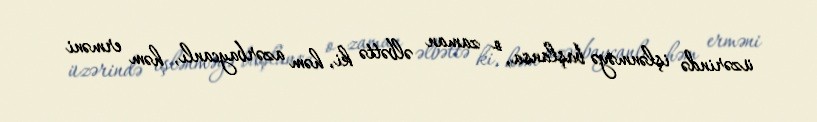
üzərində işlənməyə başlansa, o zaman əlbəttə ki, həm azərbaycanlı, həm erməni